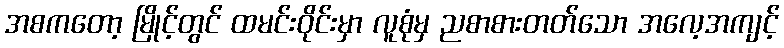
အစကတော့ မြိုင့်တွင် ထမင်းဝိုင်းမှာ လူစုံမှ ညစာစားတတ်သော အလေ့အကျင့်